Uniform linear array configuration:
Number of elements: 16
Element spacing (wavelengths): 0.5
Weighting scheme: cosine
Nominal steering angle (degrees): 30
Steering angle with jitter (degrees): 28.454
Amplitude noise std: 0.05
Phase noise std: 0.05

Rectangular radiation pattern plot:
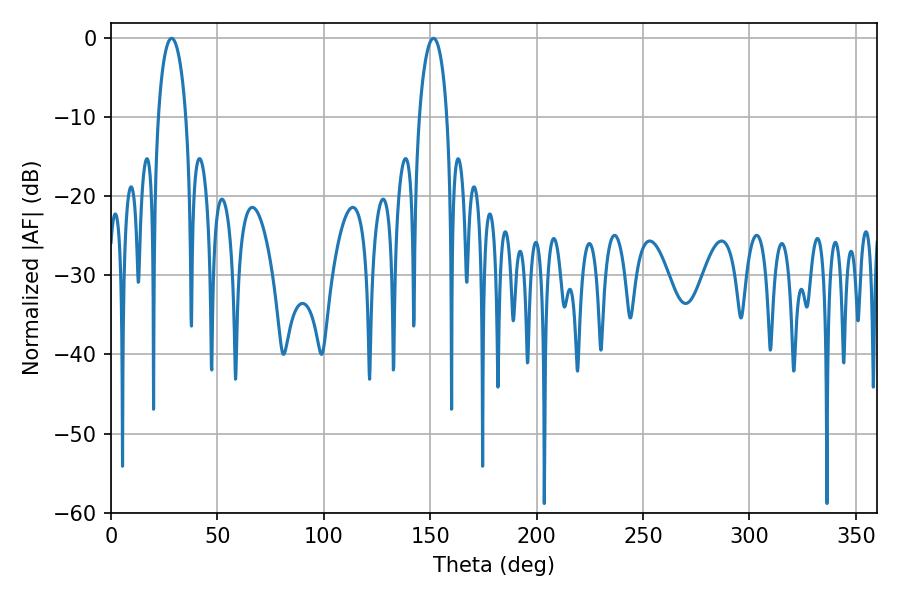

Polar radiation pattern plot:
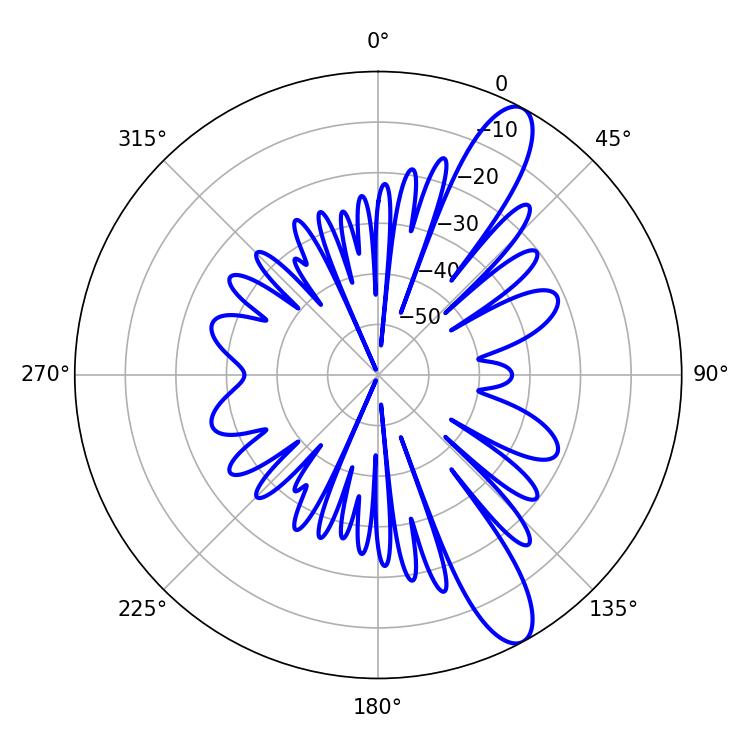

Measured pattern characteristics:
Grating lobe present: FALSE
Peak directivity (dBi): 11.666
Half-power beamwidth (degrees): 7.38
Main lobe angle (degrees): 28.44